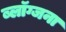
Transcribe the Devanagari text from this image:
ब्लॉग्जना